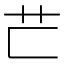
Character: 𦬀